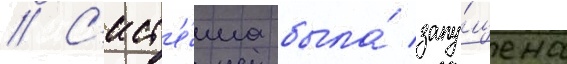
// С'ист'е́ма была́ запу́щена